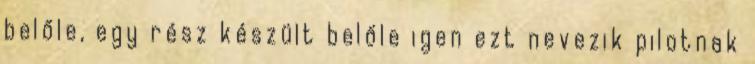
belőle, egy rész készült belőle igen ezt nevezik pilotnak